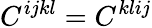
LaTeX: C^{ijkl}=C^{klij}